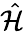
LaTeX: \hat{\mathcal{H}}